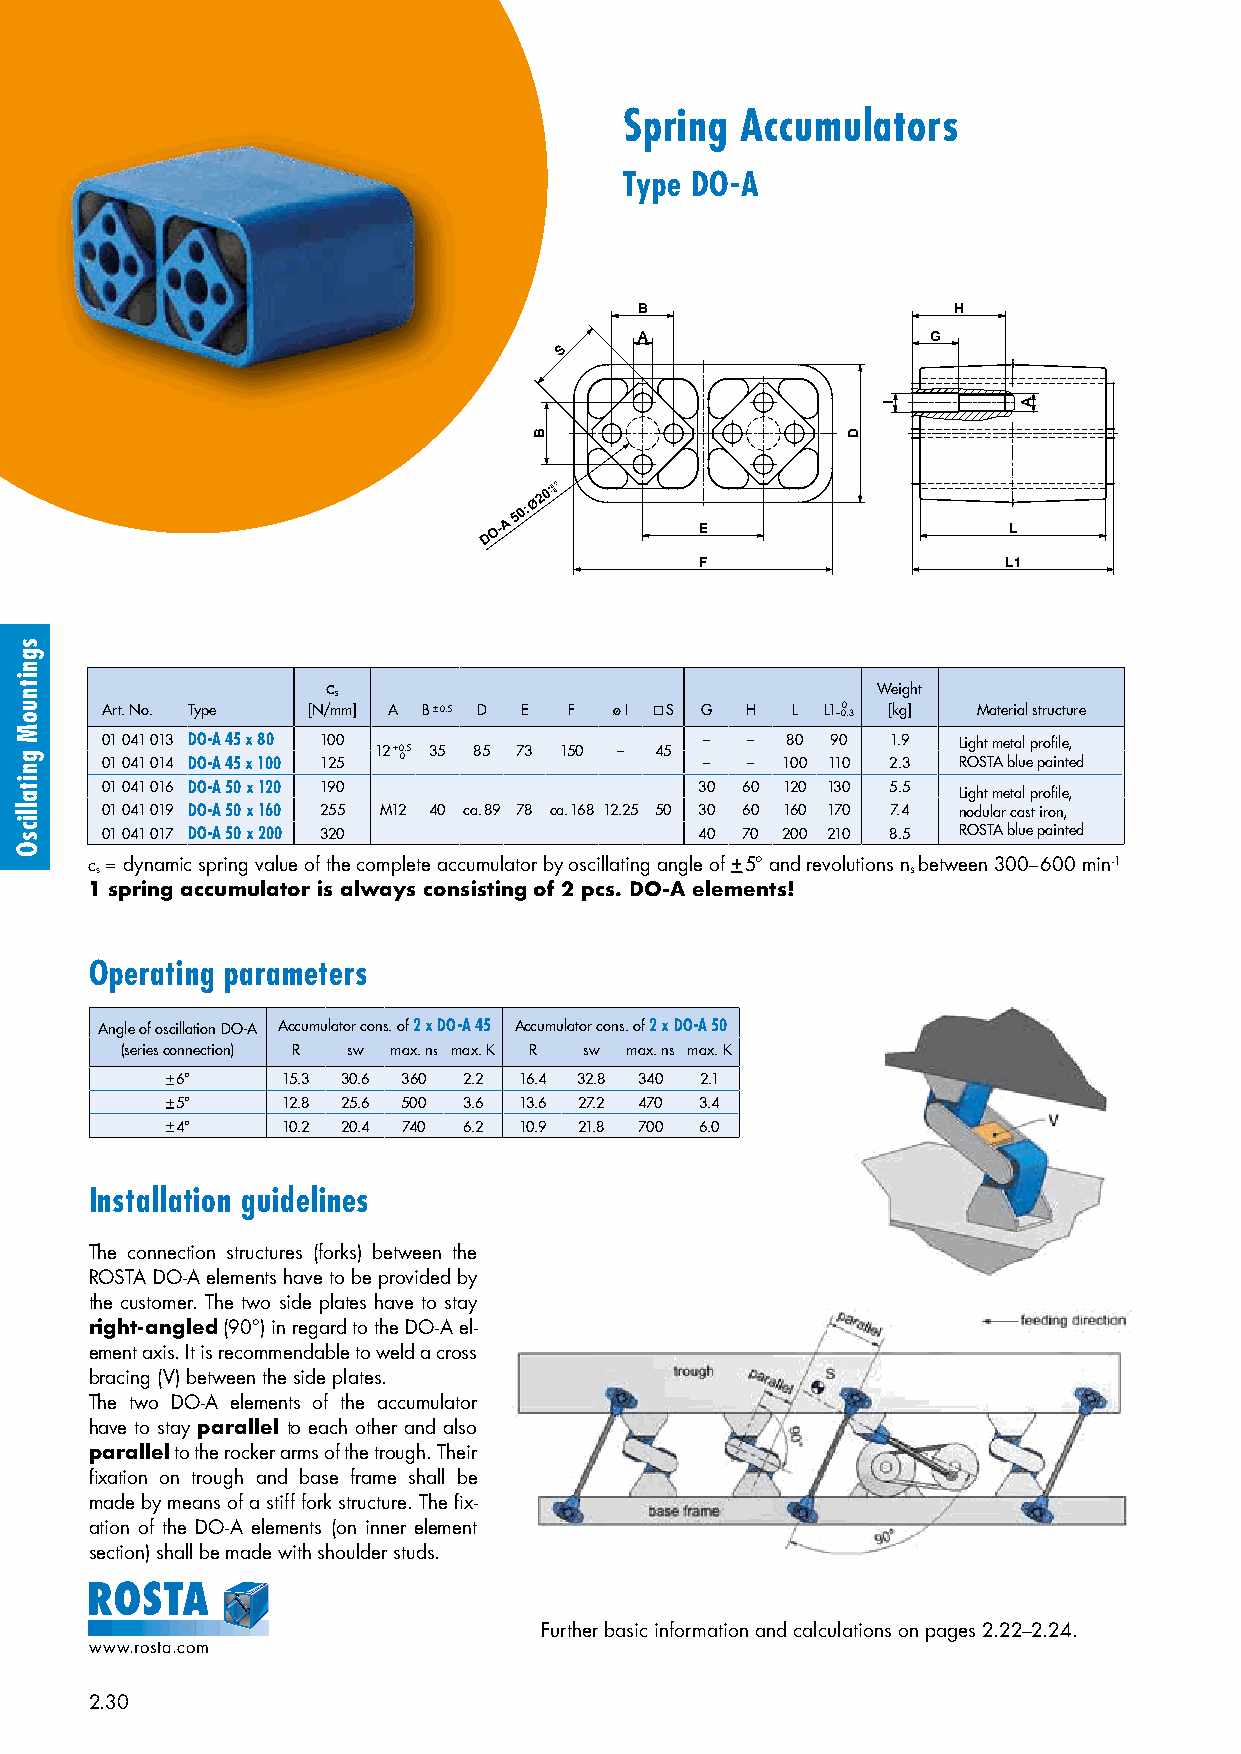
Spring  Accumulators
 Type DO-A
 B                    H
 A                   G
 S
 E                    L
 F                    L1
 c s                                 Weight
 Art. No. Type [N/mm] A B + 0.5 D E F ø I  S G H L L1– 00 .3 [kg] Material structure
 01 041 013 DO-A 45 x 80 100             – –  80 90  1.9 Light metal profile,
 12 + 0.5 35 85 73 150 – 45 01 041 014 DO-A 45 x 100 125 0 – – 100 110 2.3 ROSTA blue painted
 01 041 016 DO-A 50 x 120 190           30 60 120 130 5.5 Light metal profile,
 01 041 019 DO-A 50 x 160 255 M12 40 ca. 89 78 ca. 168 12.25 50 30 60 160 170 7.4 nodular cast iron,
 01 041 017 DO-A 50 x 200 320           40 70 200 210 8.5 ROSTA blue painted
 c s = dynamic spring value of the complete accumulator by oscillating angle of + 5° and revolutions n s between 300–600 min-1
 1 spring accumulator is always consisting of 2 pcs. DO-A elements!
 Operating parameters
 Angle of oscillation DO-A Accumulator cons. of 2 x DO-A 45 Accumulator cons. of 2 x DO-A 50
 (series connection) R sw max. ns max. K R sw max. ns max. K
 + 6°    15.3 30.6 360 2.2 16.4 32.8 340 2.1
 + 5°    12.8 25.6 500 3.6 13.6 27.2 470 3.4
 + 4°    10.2 20.4 740 6.2 10.9 21.8 700 6.0
 Installation guidelines
 The connection structures (forks) between the
 ROSTA DO-A elements have to be provided by
 the customer. The two side plates have to stay
 right-angled (90°) in regard to the DO-A el-
 ement axis. It is recommendable to weld a cross
 bracing (V) between the side plates.
 The two DO-A elements of the accumulator
 have to stay parallel to each other and also
 parallel to the rocker arms of the trough. Their
 fixation on trough and base frame shall be
 made by means of a stiff fork structure. The fix-
 ation of the DO-A elements (on inner element
 section) shall be made with shoulder studs.
 Further basic information and calculations on pages 2.22–2.24.
 www.rosta.com
 2.30
 sgnitnuoM
 gnitallicsO
 B                    D
 I        A